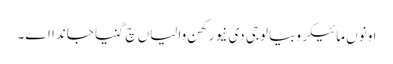
اونوں مائیکروبیالوجی دی نیو رکھن والیاں چ گنیا جاندا اے۔